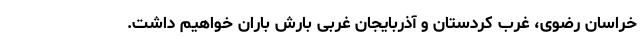
خراسان رضوی، غرب کردستان و آذربایجان غربی بارش باران خواهیم داشت.